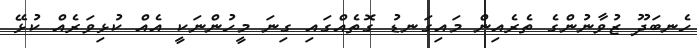
ހެނބަދޫ ޒުވާނުންގެ ތެރެއިން މައިގަނޑު ގޮތެއްގައި ގިނަ މީހުންނަކީ އެއް ކުޅިވަރެއް ކުޅޭ